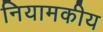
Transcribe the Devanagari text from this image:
नियामकीय